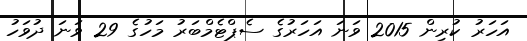
އަހަރު ކުރިން 2015 ވަނަ އަހަރުގެ ސެޕްޓެމްބަރު މަހުގެ 29 ވަނަ ދުވަހު